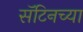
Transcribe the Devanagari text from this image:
सॅटिनच्या